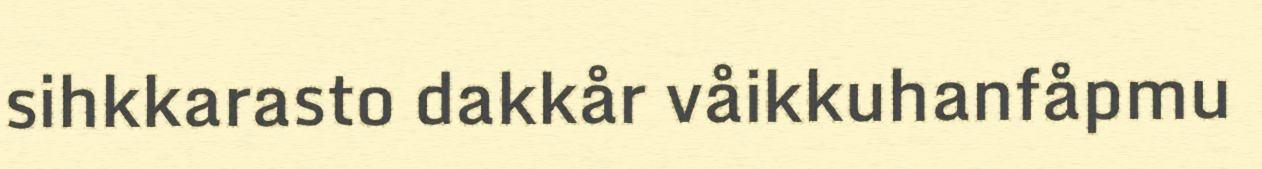
sihkkarasto dakkår våikkuhanfåpmu